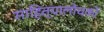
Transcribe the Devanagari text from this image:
साहित्यालोचकों